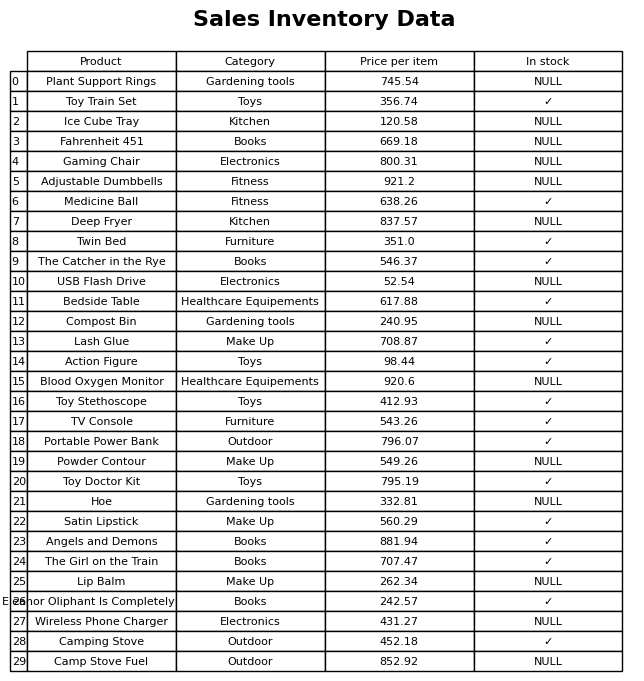
question: Is the Camp Stove Fuel in stock?
answer: NULL